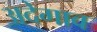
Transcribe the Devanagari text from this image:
अदेगाव